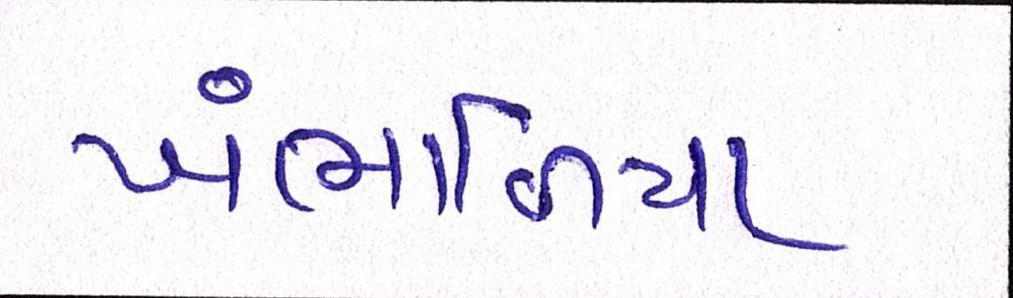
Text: ખંભાળિયા